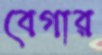
বেগার